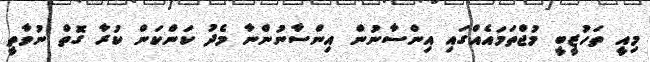
މިއީ ތަހުޒީބީ މުޖްތަމައެއްގައި އިންސާނުން އިންސާނުންނާ މެދު ކަންކަން ކުރާ ގޮތް ނުވާތީ